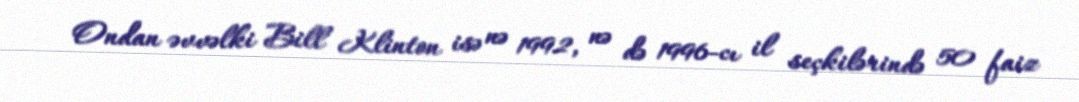
Ondan əvvəlki Bill Klinton isə nə 1992, nə də 1996-cı il seçkilərində 50 faiz